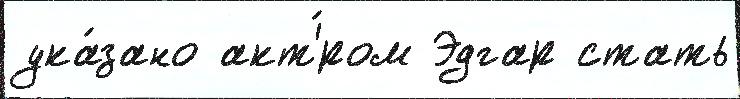
ука́зано акт'́ром Эдгар стать